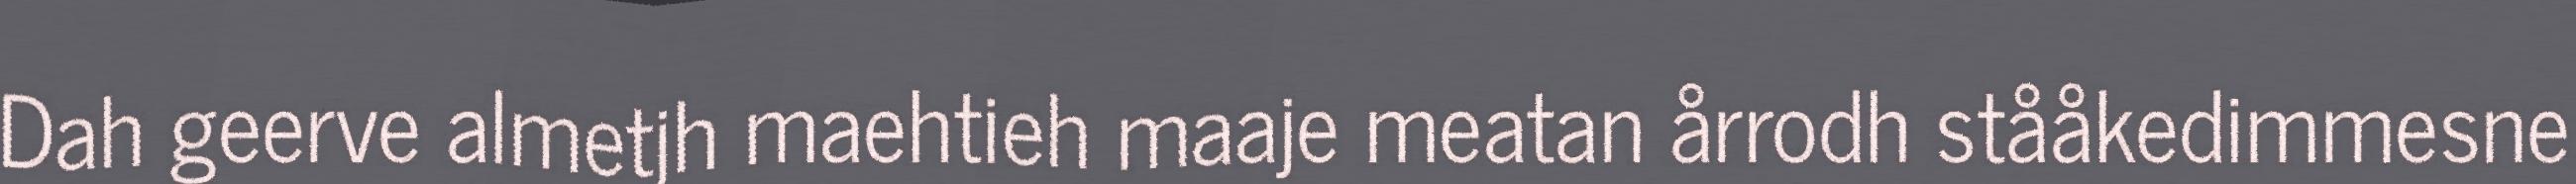
Dah geerve almetjh maehtieh maaje meatan årrodh stååkedimmesne